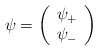
\begin{align*}{\psi}= \left(\begin{array}{c}{\psi}_{+}\\{\psi}_{-}\end{array}\right)\,\end{align*}